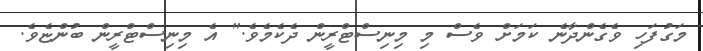
މަގުފަހި ވެގެންދާނެ ކަަމަށް ވެސް މި މިނިސްޓްރީން ދެކެމެވެ." އެ މިނިސްޓްރީން ބުންޏެވެ.